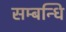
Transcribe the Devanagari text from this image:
सम्‍बन्‍धि